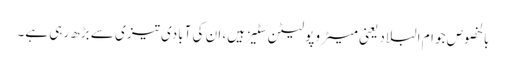
بالخصوص جو ام البلاد یعنی میٹرو پولیٹن سِٹیز ہیں، ان کی آبادی تیزی سے بڑھ رہی ہے۔